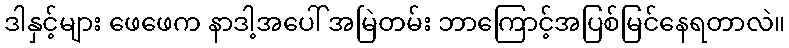
ဒါနှင့်များ ဖေဖေက နာဒါ့အပေါ် အမြဲတမ်း ဘာကြောင့်အပြစ်မြင်နေရတာလဲ။